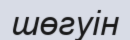
шөгуін